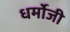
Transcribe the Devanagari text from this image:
धर्मोजी